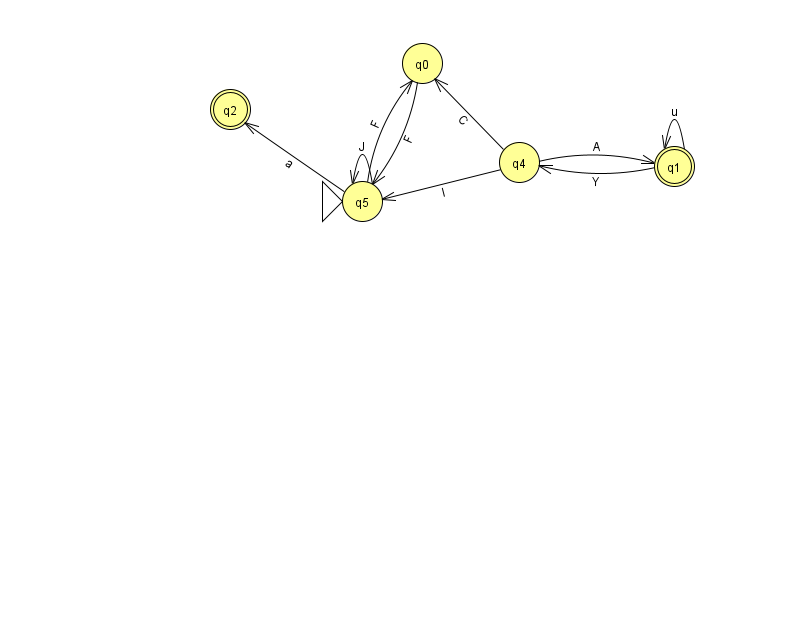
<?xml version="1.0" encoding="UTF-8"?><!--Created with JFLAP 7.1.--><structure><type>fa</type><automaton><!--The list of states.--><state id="0" name="q0"><x>422.0</x><y>50.0</y></state><state id="1" name="q1"><x>674.0</x><y>153.0</y><final/></state><state id="2" name="q2"><x>230.0</x><y>96.0</y><final/></state><state id="4" name="q4"><x>519.0</x><y>149.0</y></state><state id="5" name="q5"><x>362.0</x><y>188.0</y><initial/></state><!--The list of transitions.--><transition><from>0</from><to>5</to><read>F</read></transition><transition><from>5</from><to>0</to><read>F</read></transition><transition><from>1</from><to>4</to><read>Y</read></transition><transition><from>1</from><to>1</to><read>u</read></transition><transition><from>4</from><to>0</to><read>C</read></transition><transition><from>4</from><to>1</to><read>A</read></transition><transition><from>5</from><to>5</to><read>J</read></transition><transition><from>4</from><to>5</to><read>l</read></transition><transition><from>5</from><to>2</to><read>a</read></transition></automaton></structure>